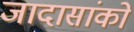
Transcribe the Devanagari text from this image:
जादासांको